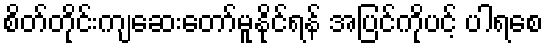
စိတ်တိုင်းကျဆေးတော်မူနိုင်ရန် အပြင်ကိုပင့် ပါရစေ